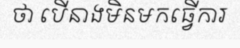
ថា បើនាងមិនមកធ្វើការ